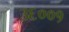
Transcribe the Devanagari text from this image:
३६००१